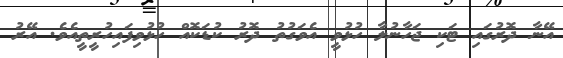
އޭނާ ދޮރުގައި ޓަކި ޖަހާނުލާ ހުޅުވީ އެވަގުތު ދޮރު ކުޑަކޮއް ހުޅުވިފައިހުރީތީއެވެ. އޭރު